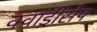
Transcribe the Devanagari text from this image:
क्वाड्रीसेप